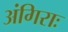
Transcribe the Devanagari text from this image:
अंगिराः